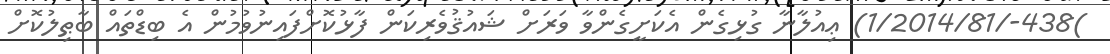
)438-/1/2014/81) ޢިއުލާނާ ގުޅިގެން އެކަށީގެންވާ ވަރަށް ޝައުޤުވެރިކަން ފާޅުކޮށްފައިނުވުމުން އެ ބިޑްތައް ބާޠިލުކޮށް